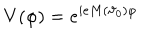
V ( \varphi ) = e ^ { i e M ( \vartheta _ { 0 } ) \varphi }